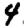
Digit: 4